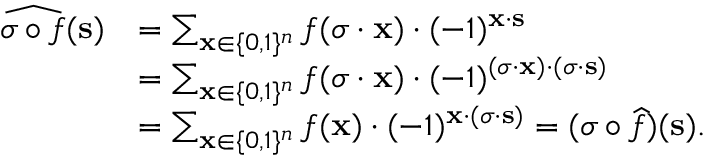
\begin{array} { r l } { \widehat { \sigma \circ f } ( \mathbf { s } ) } & { = \sum _ { \mathbf { x } \in \{ 0 , 1 \} ^ { n } } f ( \sigma \cdot \mathbf { x } ) \cdot ( - 1 ) ^ { \mathbf { x } \cdot \mathbf { s } } } \\ & { = \sum _ { \mathbf { x } \in \{ 0 , 1 \} ^ { n } } f ( \sigma \cdot \mathbf { x } ) \cdot ( - 1 ) ^ { ( \sigma \cdot \mathbf { x } ) \cdot ( \sigma \cdot \mathbf { s } ) } } \\ & { = \sum _ { \mathbf { x } \in \{ 0 , 1 \} ^ { n } } f ( \mathbf { x } ) \cdot ( - 1 ) ^ { \mathbf { x } \cdot ( \sigma \cdot \mathbf { s } ) } = ( \sigma \circ \widehat { f } ) ( \mathbf { s } ) . } \end{array}